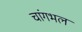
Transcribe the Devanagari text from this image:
चांगभल